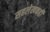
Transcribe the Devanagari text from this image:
सहलेखकही